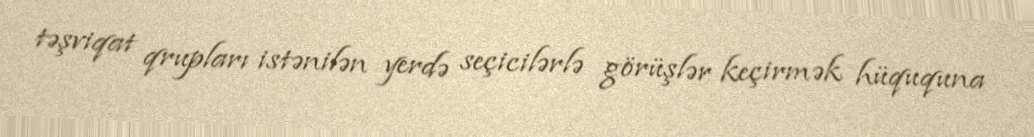
təşviqat qrupları istənilən yerdə seçicilərlə görüşlər keçirmək hüququna